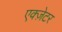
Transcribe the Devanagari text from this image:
एक्ज़ेटर